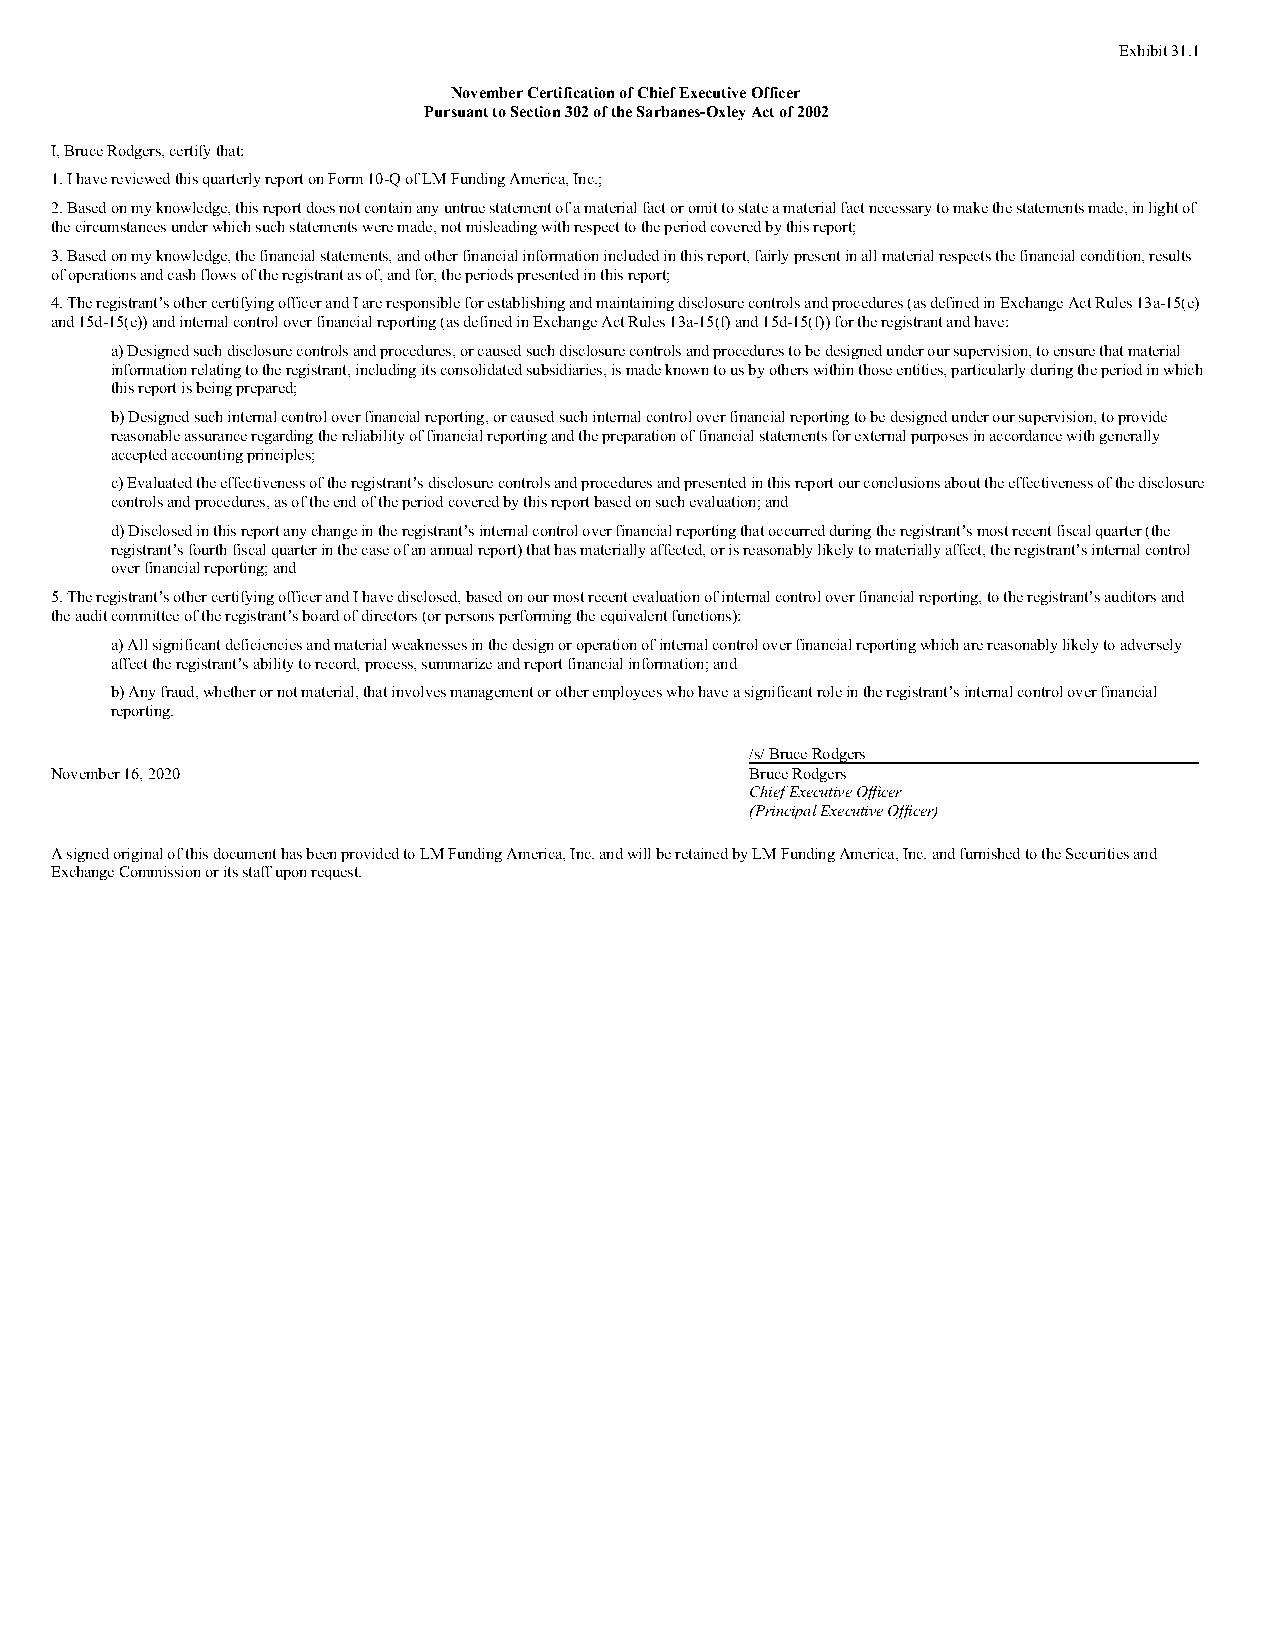
Exhibit 31.1
 November Certification of Chief Executive Officer
 Pursuant to Section 302 of the Sarbanes-Oxley Act of 2002
 I, Bruce Rodgers, certify that:
 1. I have reviewed this quarterly report on Form 10-Q of LM Funding America, Inc.;
 2. Based on my knowledge, this report does not contain any untrue statement of a material fact or omit to state a material fact necessary to make the statements made, in light of
 the circumstances under which such statements were made, not misleading with respect to the period covered by this report;
 3. Based on my knowledge, the financial statements, and other financial information included in this report, fairly present in all material respects the financial condition, results
 of operations and cash flows of the registrant as of, and for, the periods presented in this report;
 4. The registrant’s other certifying officer and I are responsible for establishing and maintaining disclosure controls and procedures (as defined in Exchange Act Rules 13a-15(e)
 and 15d-15(e)) and internal control over financial reporting (as defined in Exchange Act Rules 13a-15(f) and 15d-15(f)) for the registrant and have:
 a) Designed such disclosure controls and procedures, or caused such disclosure controls and procedures to be designed under our supervision, to ensure that material
 information relating to the registrant, including its consolidated subsidiaries, is made known to us by others within those entities, particularly during the period in which
 this report is being prepared;
 b) Designed such internal control over financial reporting, or caused such internal control over financial reporting to be designed under our supervision, to provide
 reasonable assurance regarding the reliability of financial reporting and the preparation of financial statements for external purposes in accordance with generally
 accepted accounting principles;
 c) Evaluated the effectiveness of the registrant’s disclosure controls and procedures and presented in this report our conclusions about the effectiveness of the disclosure
 controls and procedures, as of the end of the period covered by this report based on such evaluation; and
 d) Disclosed in this report any change in the registrant’s internal control over financial reporting that occurred during the registrant’s most recent fiscal quarter (the
 registrant’s fourth fiscal quarter in the case of an annual report) that has materially affected, or is reasonably likely to materially affect, the registrant’s internal control
 over financial reporting; and
 5. The registrant’s other certifying officer and I have disclosed, based on our most recent evaluation of internal control over financial reporting, to the registrant’s auditors and
 the audit committee of the registrant’s board of directors (or persons performing the equivalent functions):
 a) All significant deficiencies and material weaknesses in the design or operation of internal control over financial reporting which are reasonably likely to adversely
 affect the registrant’s ability to record, process, summarize and report financial information; and
 b) Any fraud, whether or not material, that involves management or other employees who have a significant role in the registrant’s internal control over financial
 reporting.
 /s/ Bruce Rodgers
 November 16, 2020                              Bruce Rodgers
 Chief Executive Officer
 (Principal Executive Officer)
 A signed original of this document has been provided to LM Funding America, Inc. and will be retained by LM Funding America, Inc. and furnished to the Securities and
 Exchange Commission or its staff upon request.